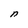
Character: n